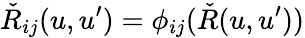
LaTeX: {\check{R}}_{ij}(u,u^{\prime})=\phi_{ij}({\check{R}}(u,u^{\prime}))